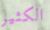
الكثير